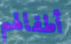
أطفالهم